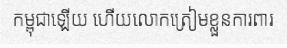
កម្ពុជាឡើយ ហើយលោកត្រៀមខ្លួនការពារ